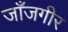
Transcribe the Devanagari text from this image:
जाँजगीर